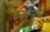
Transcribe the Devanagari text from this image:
परफ्युम